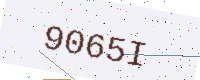
Text: 9065I